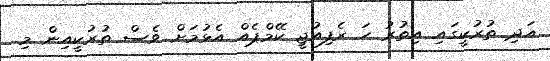
އަދި ތުރުކީގައި އިތުރު ހަ ރެފިއުޖީ ކޭމްޕެއް އެޅުމަށް ވެސް ތުރުކީއިން މި